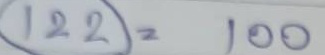
122 = 100